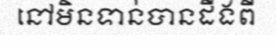
នៅមិនទាន់បានដឹងពី